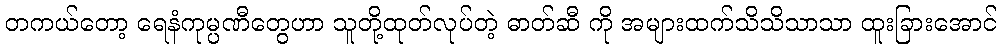
တကယ်တော့ ရေနံကုမ္ပဏီတွေဟာ သူတို့ထုတ်လုပ်တဲ့ ဓာတ်ဆီ ကို အများထက်သိသိသာသာ ထူးခြားအောင်